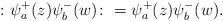
LaTeX: \begin{gather*}\colon \psi_{a}^{+}(z)\psi_{b}^{-}(w)\colon= \psi_{a}^{+}(z)\psi_{b}^{-}(w).\end{gather*}